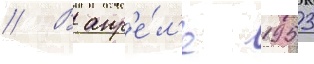
// В апр'е́л'е 1953